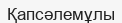
Қапсәлемұлы